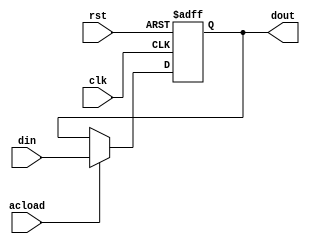
/*AC*/
module ac(din, clk, rst,acload, dout);
input  clk, rst, acload;
input [7:0] din;
output [7:0]dout;

reg [7:0] dout;
always @(posedge clk or negedge rst)
	if(rst==0)
		dout<=0;
	else if(acload)
		dout<=din;
endmodule